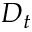
D _ { t }